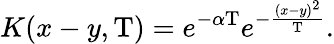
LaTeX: K(x-y,\mathrm{T})=e^{-\alpha\mathrm{T}}e^{-{\frac{(x-y)^{2}}{\mathrm{T}}}}.